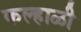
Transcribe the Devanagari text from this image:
कल्हाळी